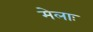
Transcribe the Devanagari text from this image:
मेलाः